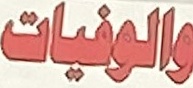
والوفیات